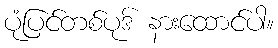
ပုံပြင်တစ်ပုဒ် နားထောင်ပါ။